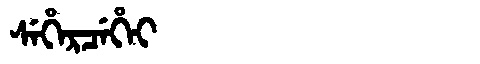
Manchu: ᠰᡝᡥᡝᡵᠴᡝᡥᡝᡳ
Romanization: SEHERCEHEI